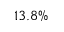
1 3 . 8 \%